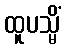
ထူပသ္မိံ